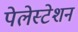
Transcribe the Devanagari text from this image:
पेलेस्टेशन